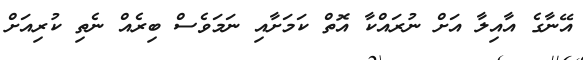
އޭނާގެ އާއިލާ އަށް ނުރައްކާ އޮތް ކަމަށާއި ނަމަވެސް ބިރެއް ނެތި ކުރިއަށް